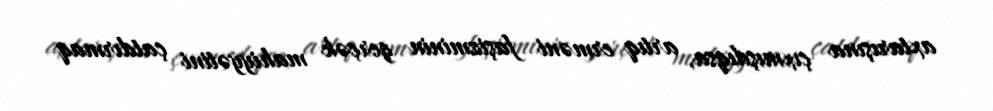
axtarışına çıxmışdıqsa, artıq erməni faşizminin gerçək mahiyyətini çatdırmaq